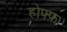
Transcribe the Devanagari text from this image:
होफ्फ़